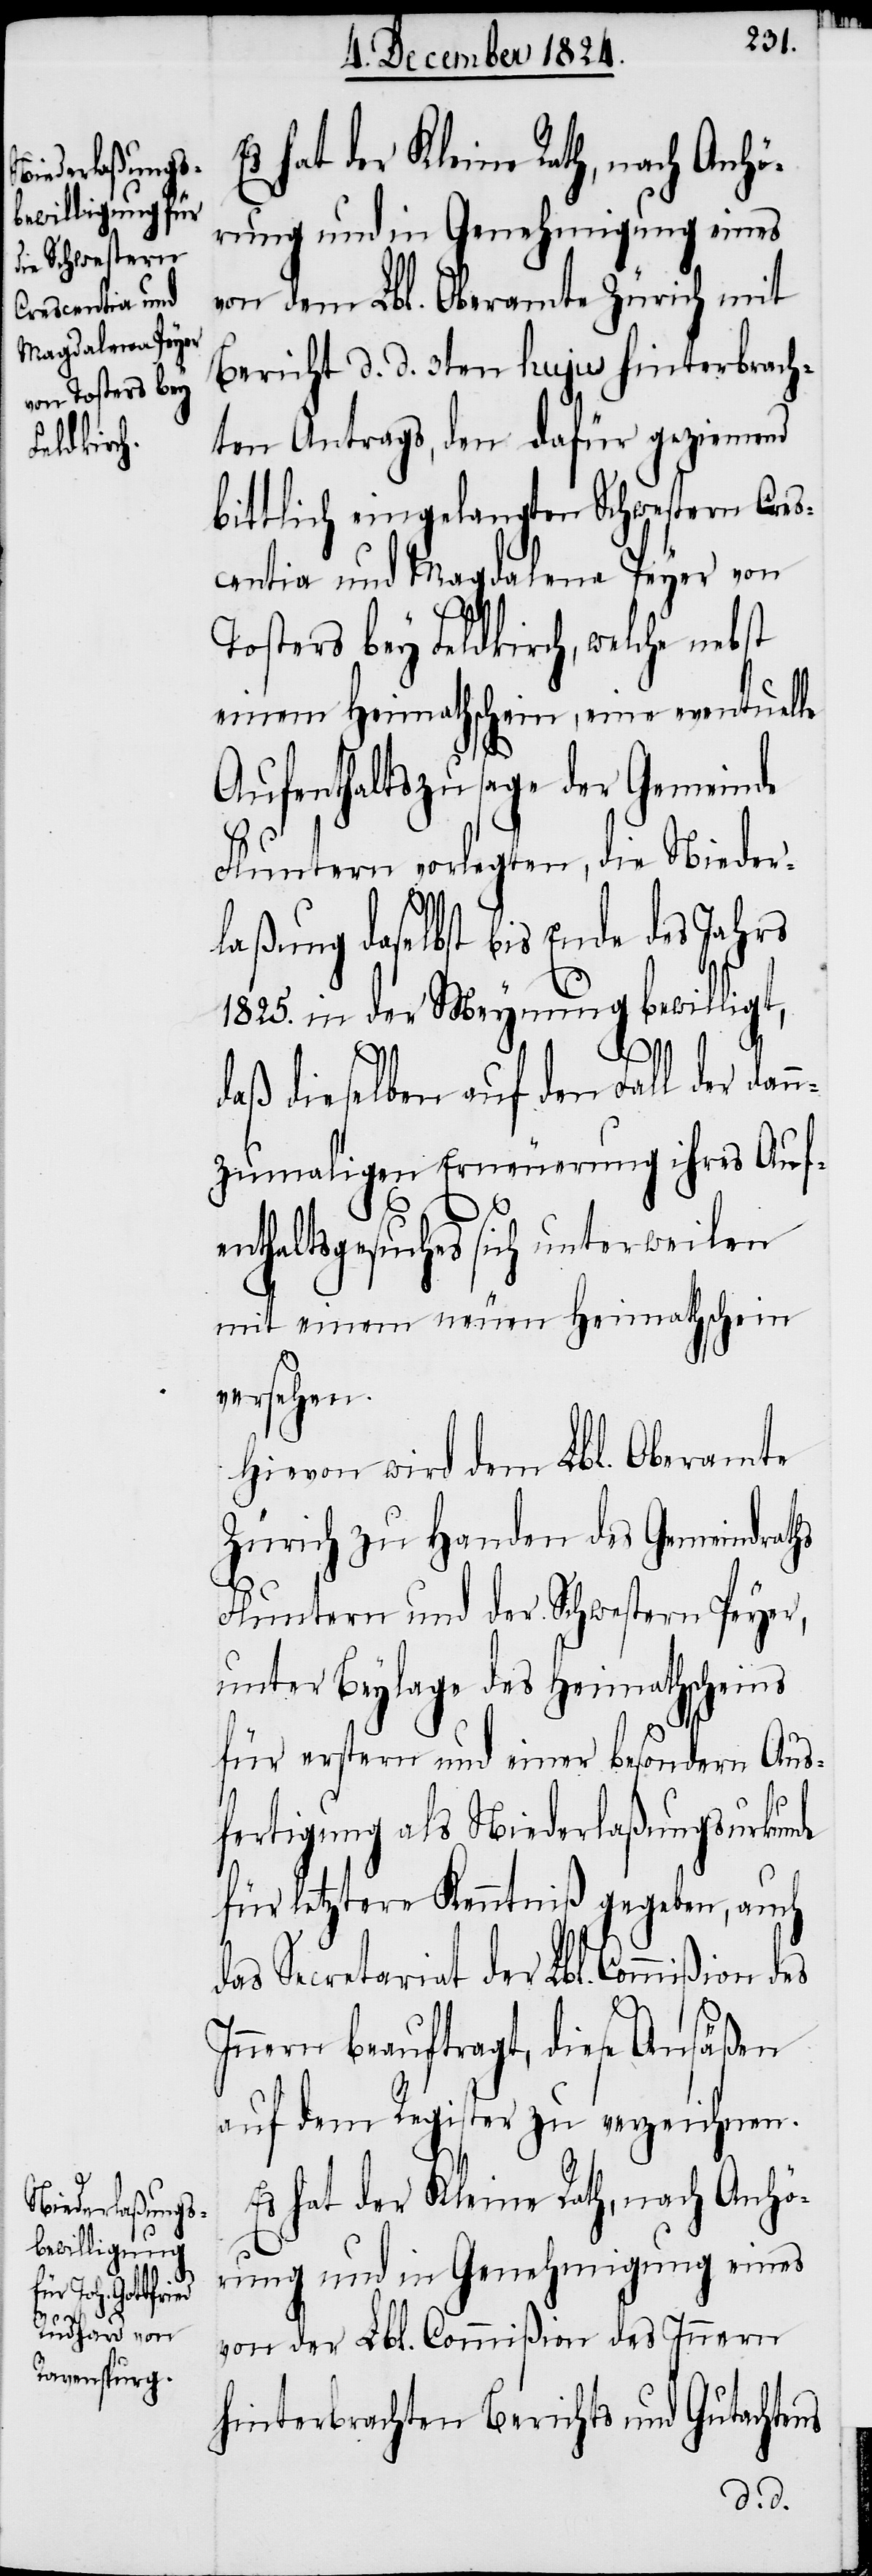
Es hat der Kleine Rath, nach Anhö¬
rung und in Genehmigung eines
von dem Lbl. Oberamte Zürich mit
Bericht d. d. 3ten hujus hinterbrach¬
ten Antrags, den dafür geziemend
bittlich eingelangten Schwestern Cres¬
centia und Magdalena Peyer von
Tosters bey Feldkirch, welche nebst
einem Heimathschein, eine eventuelle
Aufenthaltszusage der Gemeinde
Fluntern vorlegten, die Nieder¬
laßung daselbst bis Ende des Jahrs
1825. in der Meynung bewilligt,
daß dieselben auf den Fall der dan¬
nzumaligen Erneuerung ihres Auf¬
enthaltsgesuches sich unterweilen
mit einem neuen Heimathschein
versehen.
Hievon wird dem Lbl. Oberamte
Zürich zu Handen des Gemeindraths
Fluntern und der Schwestern Peyer,
unter Beylage des Heimathscheins
für erstern und einer besondern Aus¬
fertigung als Niederlaßungsurkunde
für letztere Kenntniß gegeben, auch
das Secretariat der Lbl. Commißion des
Innern beauftragt, diese Ansäßen
auf dem Register zu verzeichnen.
Es hat der Kleine Rath, nach Anhö¬
rung und in Genehmigung eines
von der Lbl. Commißion des Innern
hinterbrachten Berichts und Gutachtens